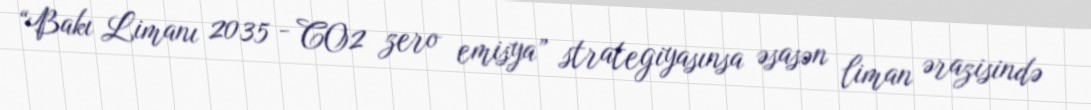
“Bakı Limanı 2035 - CO2 zero emisya” strategiyasınsa əsasən liman ərazisində